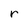
Character: r